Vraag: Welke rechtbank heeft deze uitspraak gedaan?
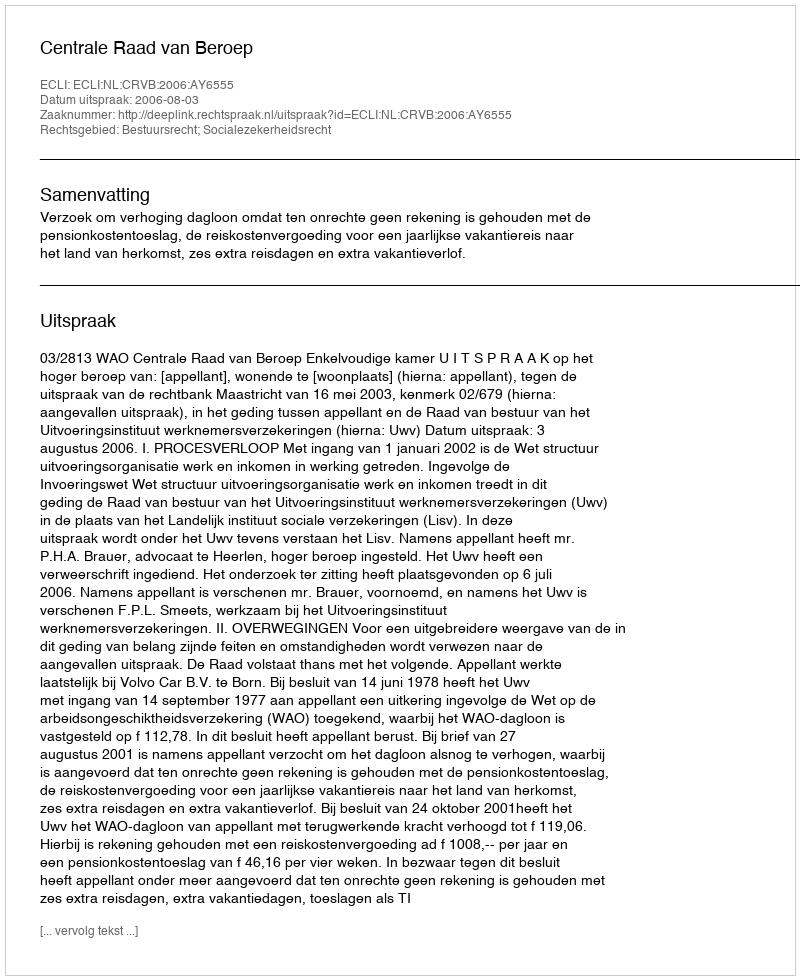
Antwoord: Centrale Raad van Beroep